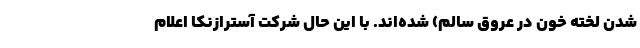
شدن لخته خون در عروق سالم) شده‌اند. با این حال شرکت آسترازنکا اعلام